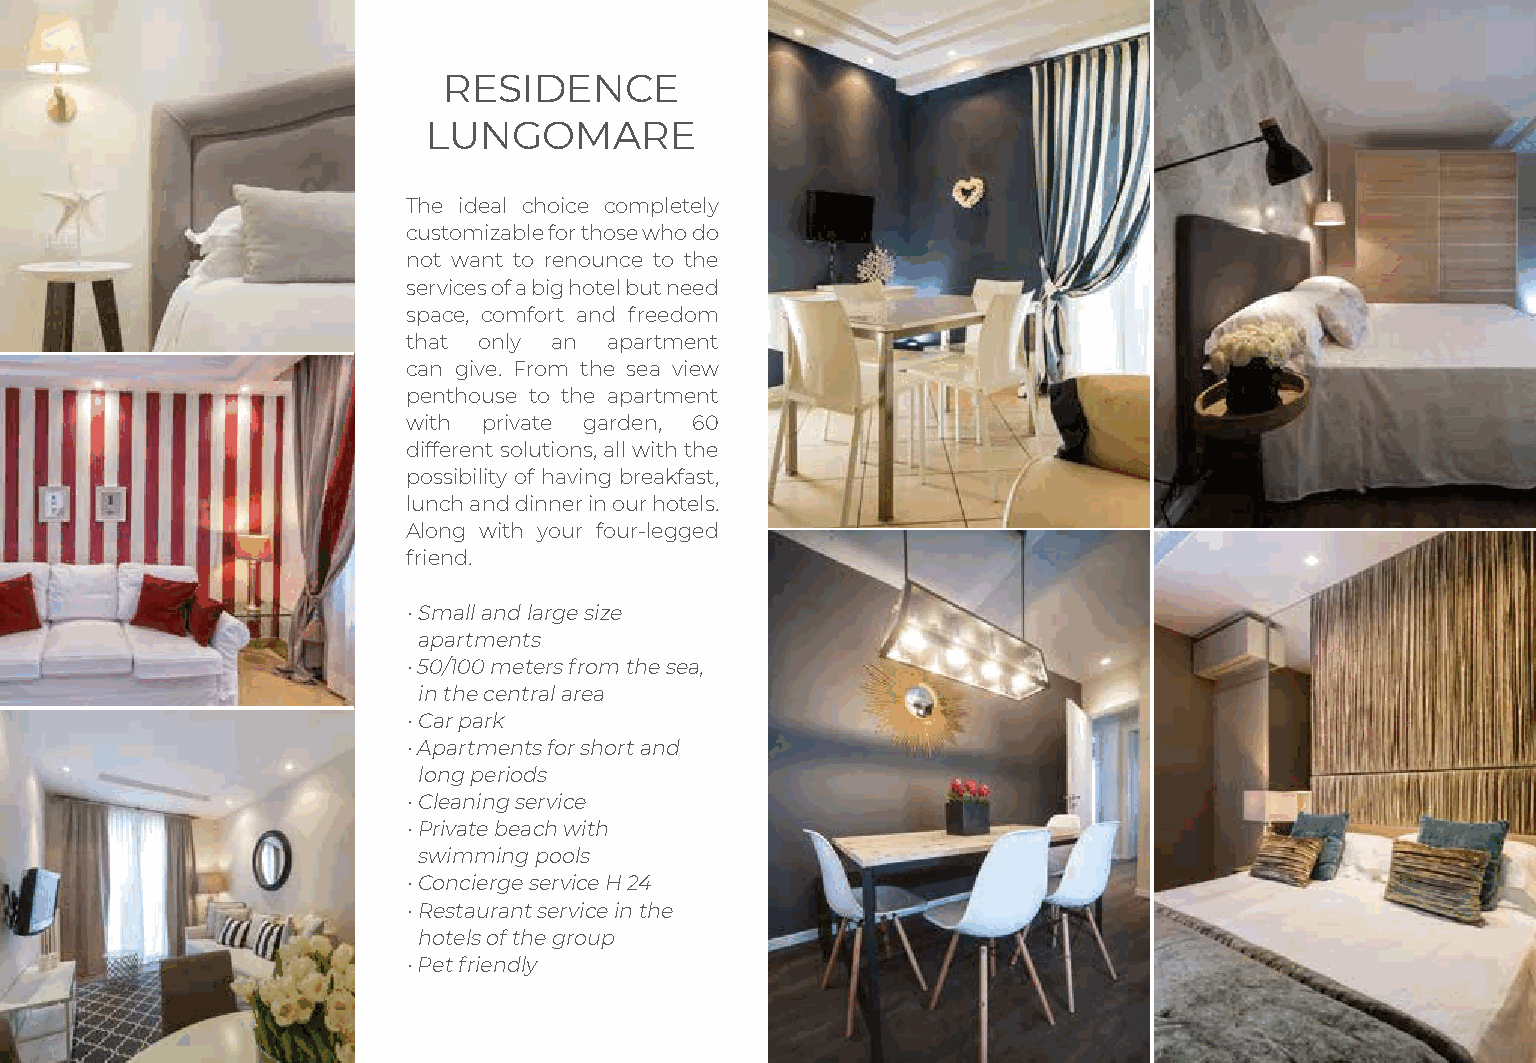
RESIDENCE
 LUNGOMARE
 The ideal choice completely
 customizable for those who do
 not want to renounce to the
 services of a big hotel but need
 space, comfort and freedom
 that only an apartment
 can give. From the sea view
 penthouse to the apartment
 with private garden, 60
 different solutions, all with the
 possibility of having breakfast,
 lunch and dinner in our hotels.
 Along with your four-legged
 friend.
 • Small and large size
 apartments
 • 50/100 meters from the sea,
 in the central area
 • Car park
 • Apartments for short and
 long periods
 • Cleaning service
 • Private beach with
 swimming pools
 • Concierge service H 24
 • Restaurant service in the
 hotels of the group
 • Pet friendly